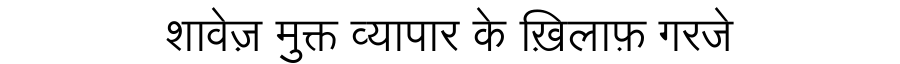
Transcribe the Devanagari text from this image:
शावेज़ मुक्त व्यापार के ख़िलाफ़ गरजे